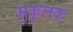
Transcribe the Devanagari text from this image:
मुकुलक